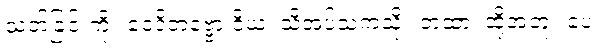
သတ်ခြင်းကို။ ဝေဒိတဗ္ဗော ဝိယ၊ သိအပ်သကဲ့သို့။ တထာ၊ ထို့အတူ။ ပေ။